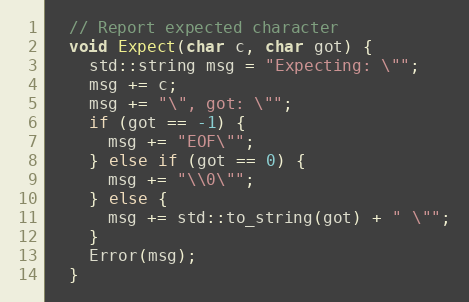
Language: C
  // Report expected character
  void Expect(char c, char got) {
    std::string msg = "Expecting: \"";
    msg += c;
    msg += "\", got: \"";
    if (got == -1) {
      msg += "EOF\"";
    } else if (got == 0) {
      msg += "\\0\"";
    } else {
      msg += std::to_string(got) + " \"";
    }
    Error(msg);
  }